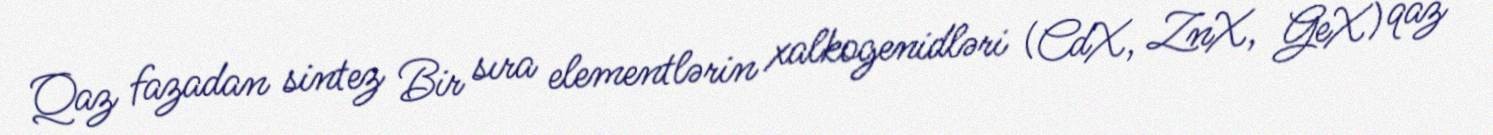
Qaz fazadan sintez Bir sıra elementlərin xalkogenidləri (CdX, ZnX, GeX) qaz